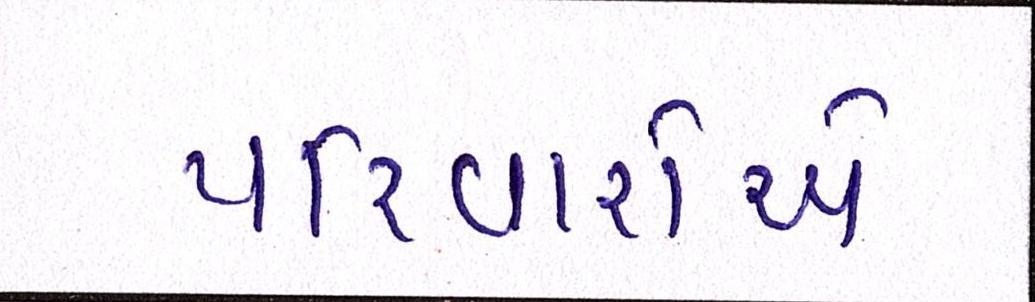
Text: પરિવારોએ